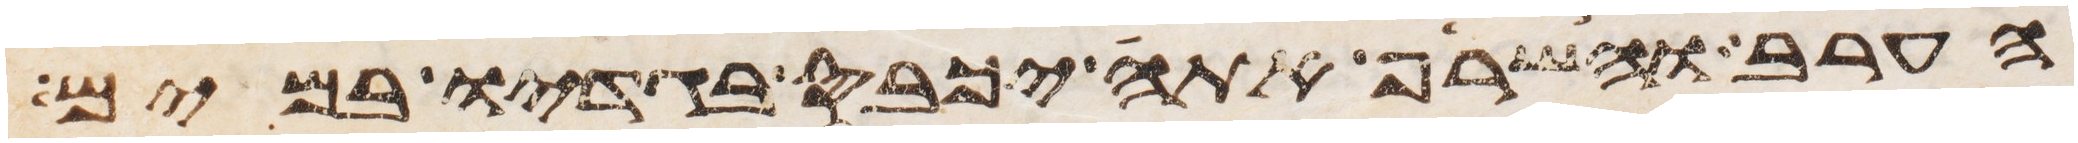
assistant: הערב והשרף אתה יכבס בגדיו במים